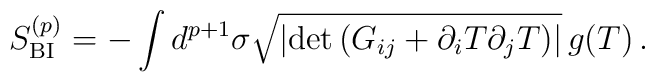
S_{\rm BI}^{(p)} =  -\int d^{p+1}\sigma \sqrt{ |{\rm det}\, ({G}_{ij} +      \partial_iT\partial_jT)|}\,g(T)\,.